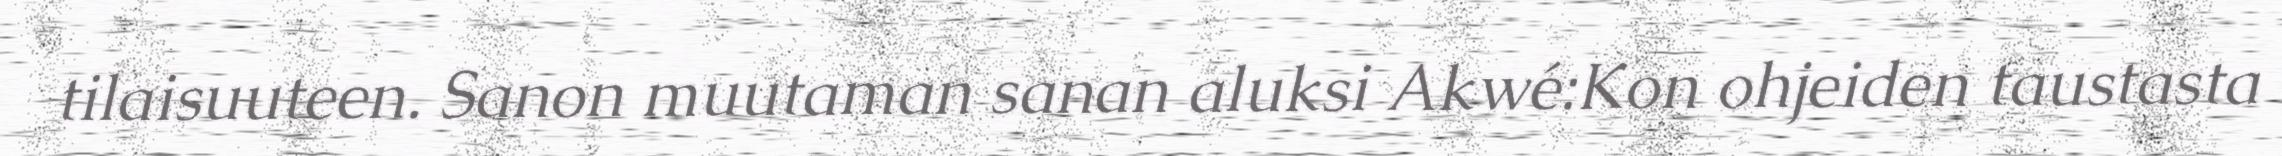
tilaisuuteen. Sanon muutaman sanan aluksi Akwé:Kon ohjeiden taustasta